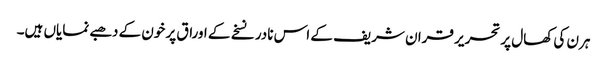
ہرن کی کھال پر تحریر قران شریف کے اس نادر نسخے کے اوراق پر خون کے دھبے نمایاں ہیں۔